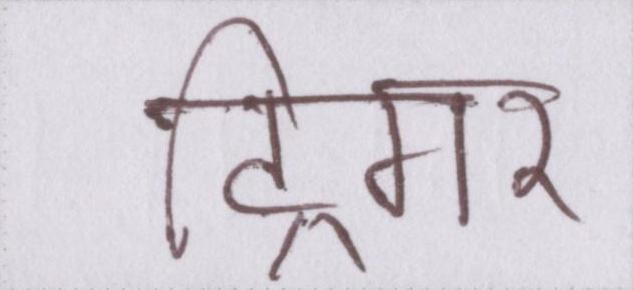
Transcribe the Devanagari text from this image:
ट्रिगर